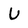
Character: U